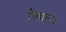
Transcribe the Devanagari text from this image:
रिबाल्टा